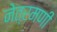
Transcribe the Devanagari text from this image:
नेत्रमणी